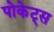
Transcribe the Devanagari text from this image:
पोकेट्स